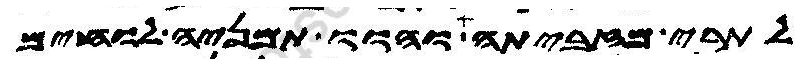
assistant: לתרי מזביתה והוו תמניה לוחים